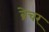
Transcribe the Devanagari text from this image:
ब्रेचर